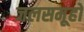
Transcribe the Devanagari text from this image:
जलसमूहों